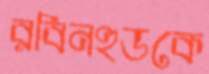
রবিনহুডকে